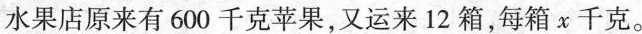
水果店原来有600千克苹果，又运来12箱，每箱x千克。